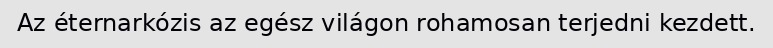
Az éternarkózis az egész világon rohamosan terjedni kezdett.